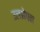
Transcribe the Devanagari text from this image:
उलझेपन